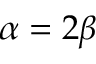
\alpha = 2 \beta